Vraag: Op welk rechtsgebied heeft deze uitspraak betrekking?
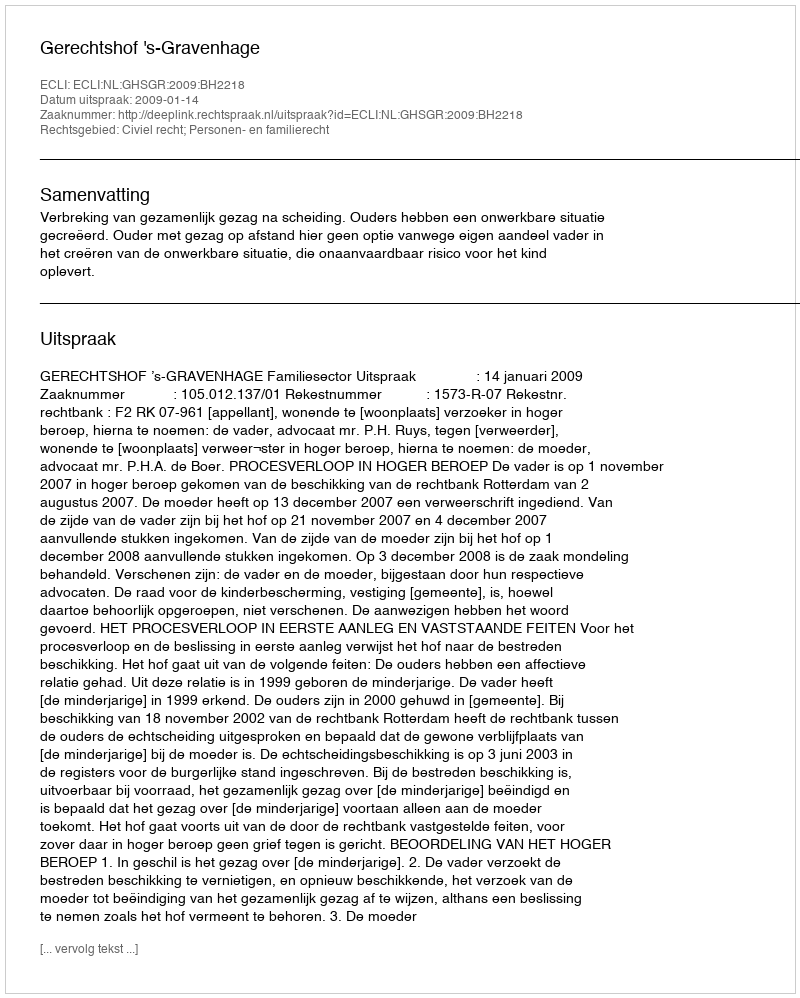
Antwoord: Civiel recht; Personen- en familierecht